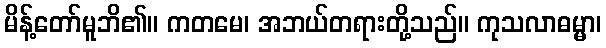
မိန့်တော်မူဘိ၏။ ကတမေ၊ အဘယ်တရားတို့သည်။ ကုသလာဓမ္မာ၊